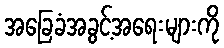
အခြေခံအခွင့်အရေးများကို